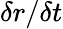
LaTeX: \delta r/\delta t